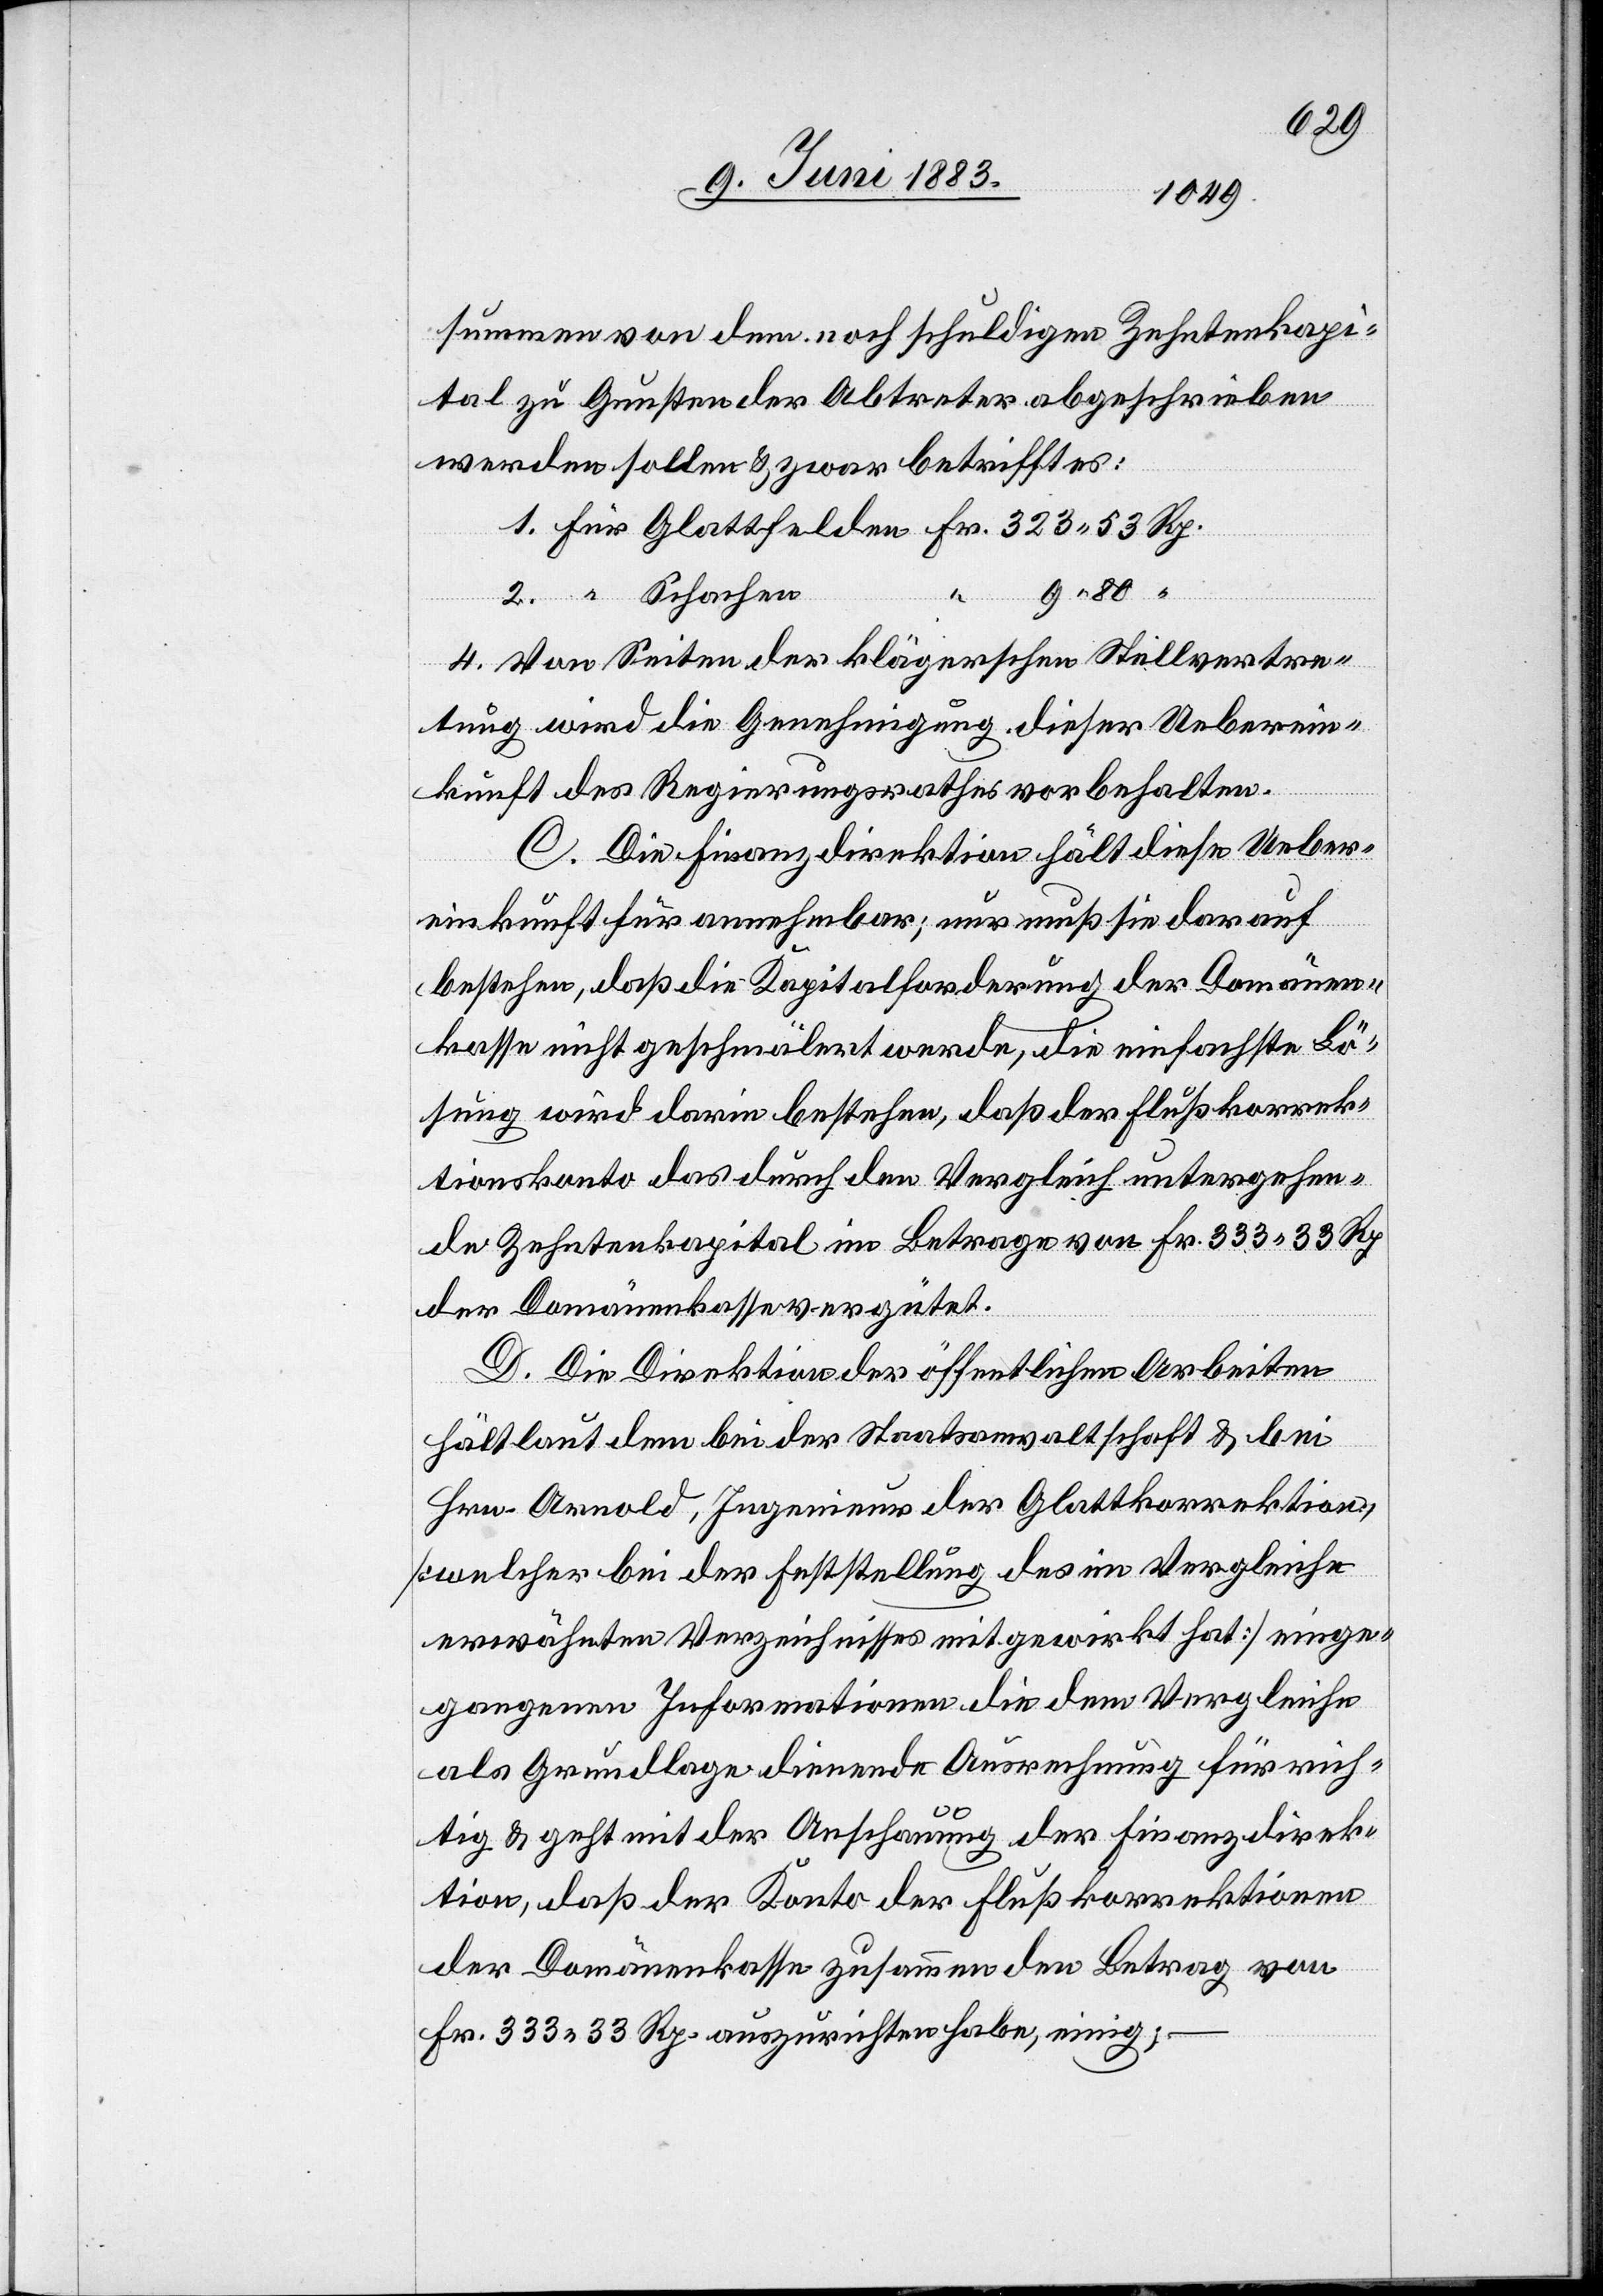
summe von dem noch schuldigen Zehntenkapi¬
tal zu Gunsten der Abtreter abgeschrieben
werden sollen & zwar betrifft es:
1. Für Glattfelden Fr. 323 53 Rp.
“ 9 80 “
2. “ Schachen
4. Von Seiten der klägerschen Stellvertre¬
tung wird die Genehmigung dieser Ueberein¬
kunft des Regierungsrathes vorbehalten.
C. Die Finanzdirektion hält diese Ueber¬
einkunft für annehmbar; nur muß sie darauf
bestehen, daß die Kapitalforderung der Domänen¬
kasse nicht geschmälert werde, die einfachste Lö¬
sung wird darin bestehen, daß der Flußkorrek¬
tionskonto das durch den Vergleich untergehen¬
de Zehntenkapital im Betrage von Fr. 333 33 Rp.
der Domänenkasse vergütet.
D. Die Direktion der öffentlichen Arbeiten
hält laut dem bei der Staatsanwaltschaft & bei
Hrn. Arnold, Ingenieur der Glattkorrektion
[welcher bei der Feststellung des im Vergleiche
erwähnten Verzeichnisses mitgewirkt hat] einge¬
gangenen Informationen die dem Vergleiche
als Grundlage dienende Ausrechnung für rich¬
tig & geht mit der Anschauung der Finanzdirek¬
tion, daß der Konto der Flußkorrektionen
der Domänenkasse zusammen den Betrag von
Fr. 333 33 Rp. auszurichten habe, einig;